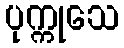
ပုက္ကုသေ